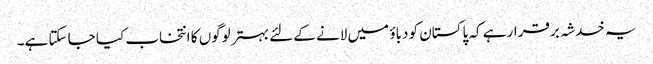
یہ خدشہ برقرار ہے کہ پاکستان کو دباؤ میں لانے کے لئے بہتر لوگوں کا انتخاب کیا جا سکتا ہے۔